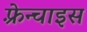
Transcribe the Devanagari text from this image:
फ़्रेन्चाइस